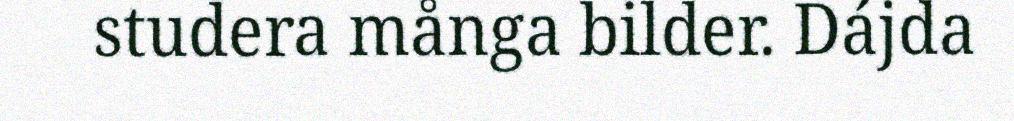
studera många bilder. Dájda